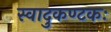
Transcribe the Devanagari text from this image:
स्वादुकण्टकः